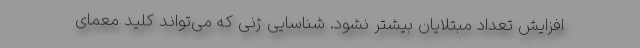
افزایش تعداد مبتلایان بیشتر نشود. شناسایی ژنی که می‌تواند کلید معمای